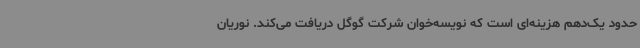
حدود یک‌دهم هزینه‌ای است که نویسه‌خوان شرکت گوگل دریافت می‌کند. نوریان